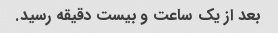
بعد از یک ساعت و بیست دقیقه رسید.